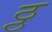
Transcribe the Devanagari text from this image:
ठ्ठ